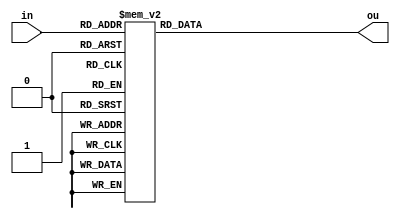
`timescale 1ns / 1ps
//////////////////////////////////////////////////////////////////////////////////
// Company: 
// Engineer: 
// 
// Design Name: 
// Module Name: Decoder
// Project Name: 
// Target Devices: 
// Tool Versions: 
// Description: 
// 
// Dependencies: 
// 
// Revision:
// Revision 0.01 - File Created
// Additional Comments:
// 
//////////////////////////////////////////////////////////////////////////////////


module Decoder(
    input [3:0] in,
    output reg [6:0] ou
    );
    
    always @ (*)
        case (in)
        /*
            0: ou = 7'b0000_001;
            1: ou = 7'b0000_010;
            2: ou = 7'b0000_100;
            3: ou = 7'b0001_000;
            4: ou = 7'b0010_000;
            5: ou = 7'b0100_000;
            6: ou = 7'b1000_000;
            */
            0: ou = 7'b0000_001;
            1: ou = 7'b1001_111;
            2: ou = 7'b0010_010;
            3: ou = 7'b0000_110;
            4: ou = 7'b1001_100;
            5: ou = 7'b0100_100;
            6: ou = 7'b0100_000;
            7: ou = 7'b0001_111;
            8: ou = 7'b0000_000;
            9: ou = 7'b0000_100;
            10: ou = 7'b0001_000;
            11: ou = 7'b1100_000;
            12: ou = 7'b0110_001;
            13: ou = 7'b1000_010;
            14: ou = 7'b0110_000;
            15: ou = 7'b0111_000;
            default: ou = 7'b1111_111;
        endcase
    
    
    
endmodule